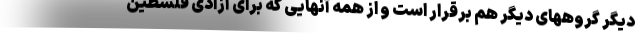
دیگر گروههای دیگر هم برقرار است و از همه آنهایی که برای آزادی فلسطین